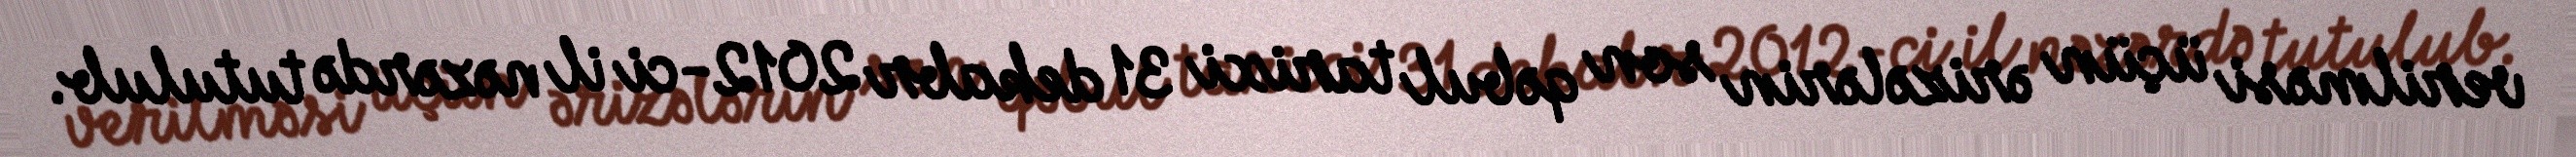
verilməsi üçün ərizələrin son qəbul tarixi 31 dekabr 2012-ci il nəzərdə tutulub.